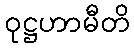
ဝုဋ္ဌဟာမီတိ